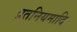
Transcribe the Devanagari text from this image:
व्रतनियमादि